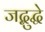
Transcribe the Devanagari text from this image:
जद्बुद्धे